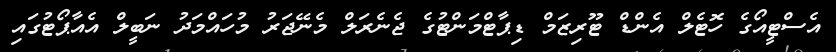
އެސްޓީއޯގެ ހޮޓެލް އެންޑް ޓޫރިޒަމް ޑިޕާޓްމަންޓުގެ ޖެނެރަލް މެނޭޖަރު މުހައްމަދު ނަބީލް އެއާޕޯޓުގައި